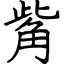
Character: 觜